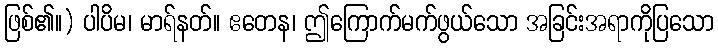
ဖြစ်၏။) ပါပိမ၊ မာရ်နတ်။ ဧတေန၊ ဤကြောက်မက်ဖွယ်သော အခြင်းအရာကိုပြသော